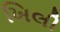
ખિલી